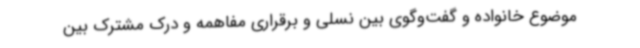
موضوع خانواده و گفت‌وگوی بین نسلی و برقراری مفاهمه و درک مشترک بین